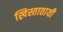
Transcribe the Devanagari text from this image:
ख्रिस्ताठायी